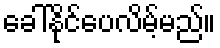
ခေါ်နိုင်ပေလိမ့်မည်။